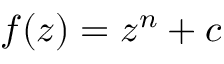
f ( z ) = z ^ { n } + c